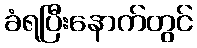
ခံရပြီးနောက်တွင်